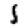
Digit: 1